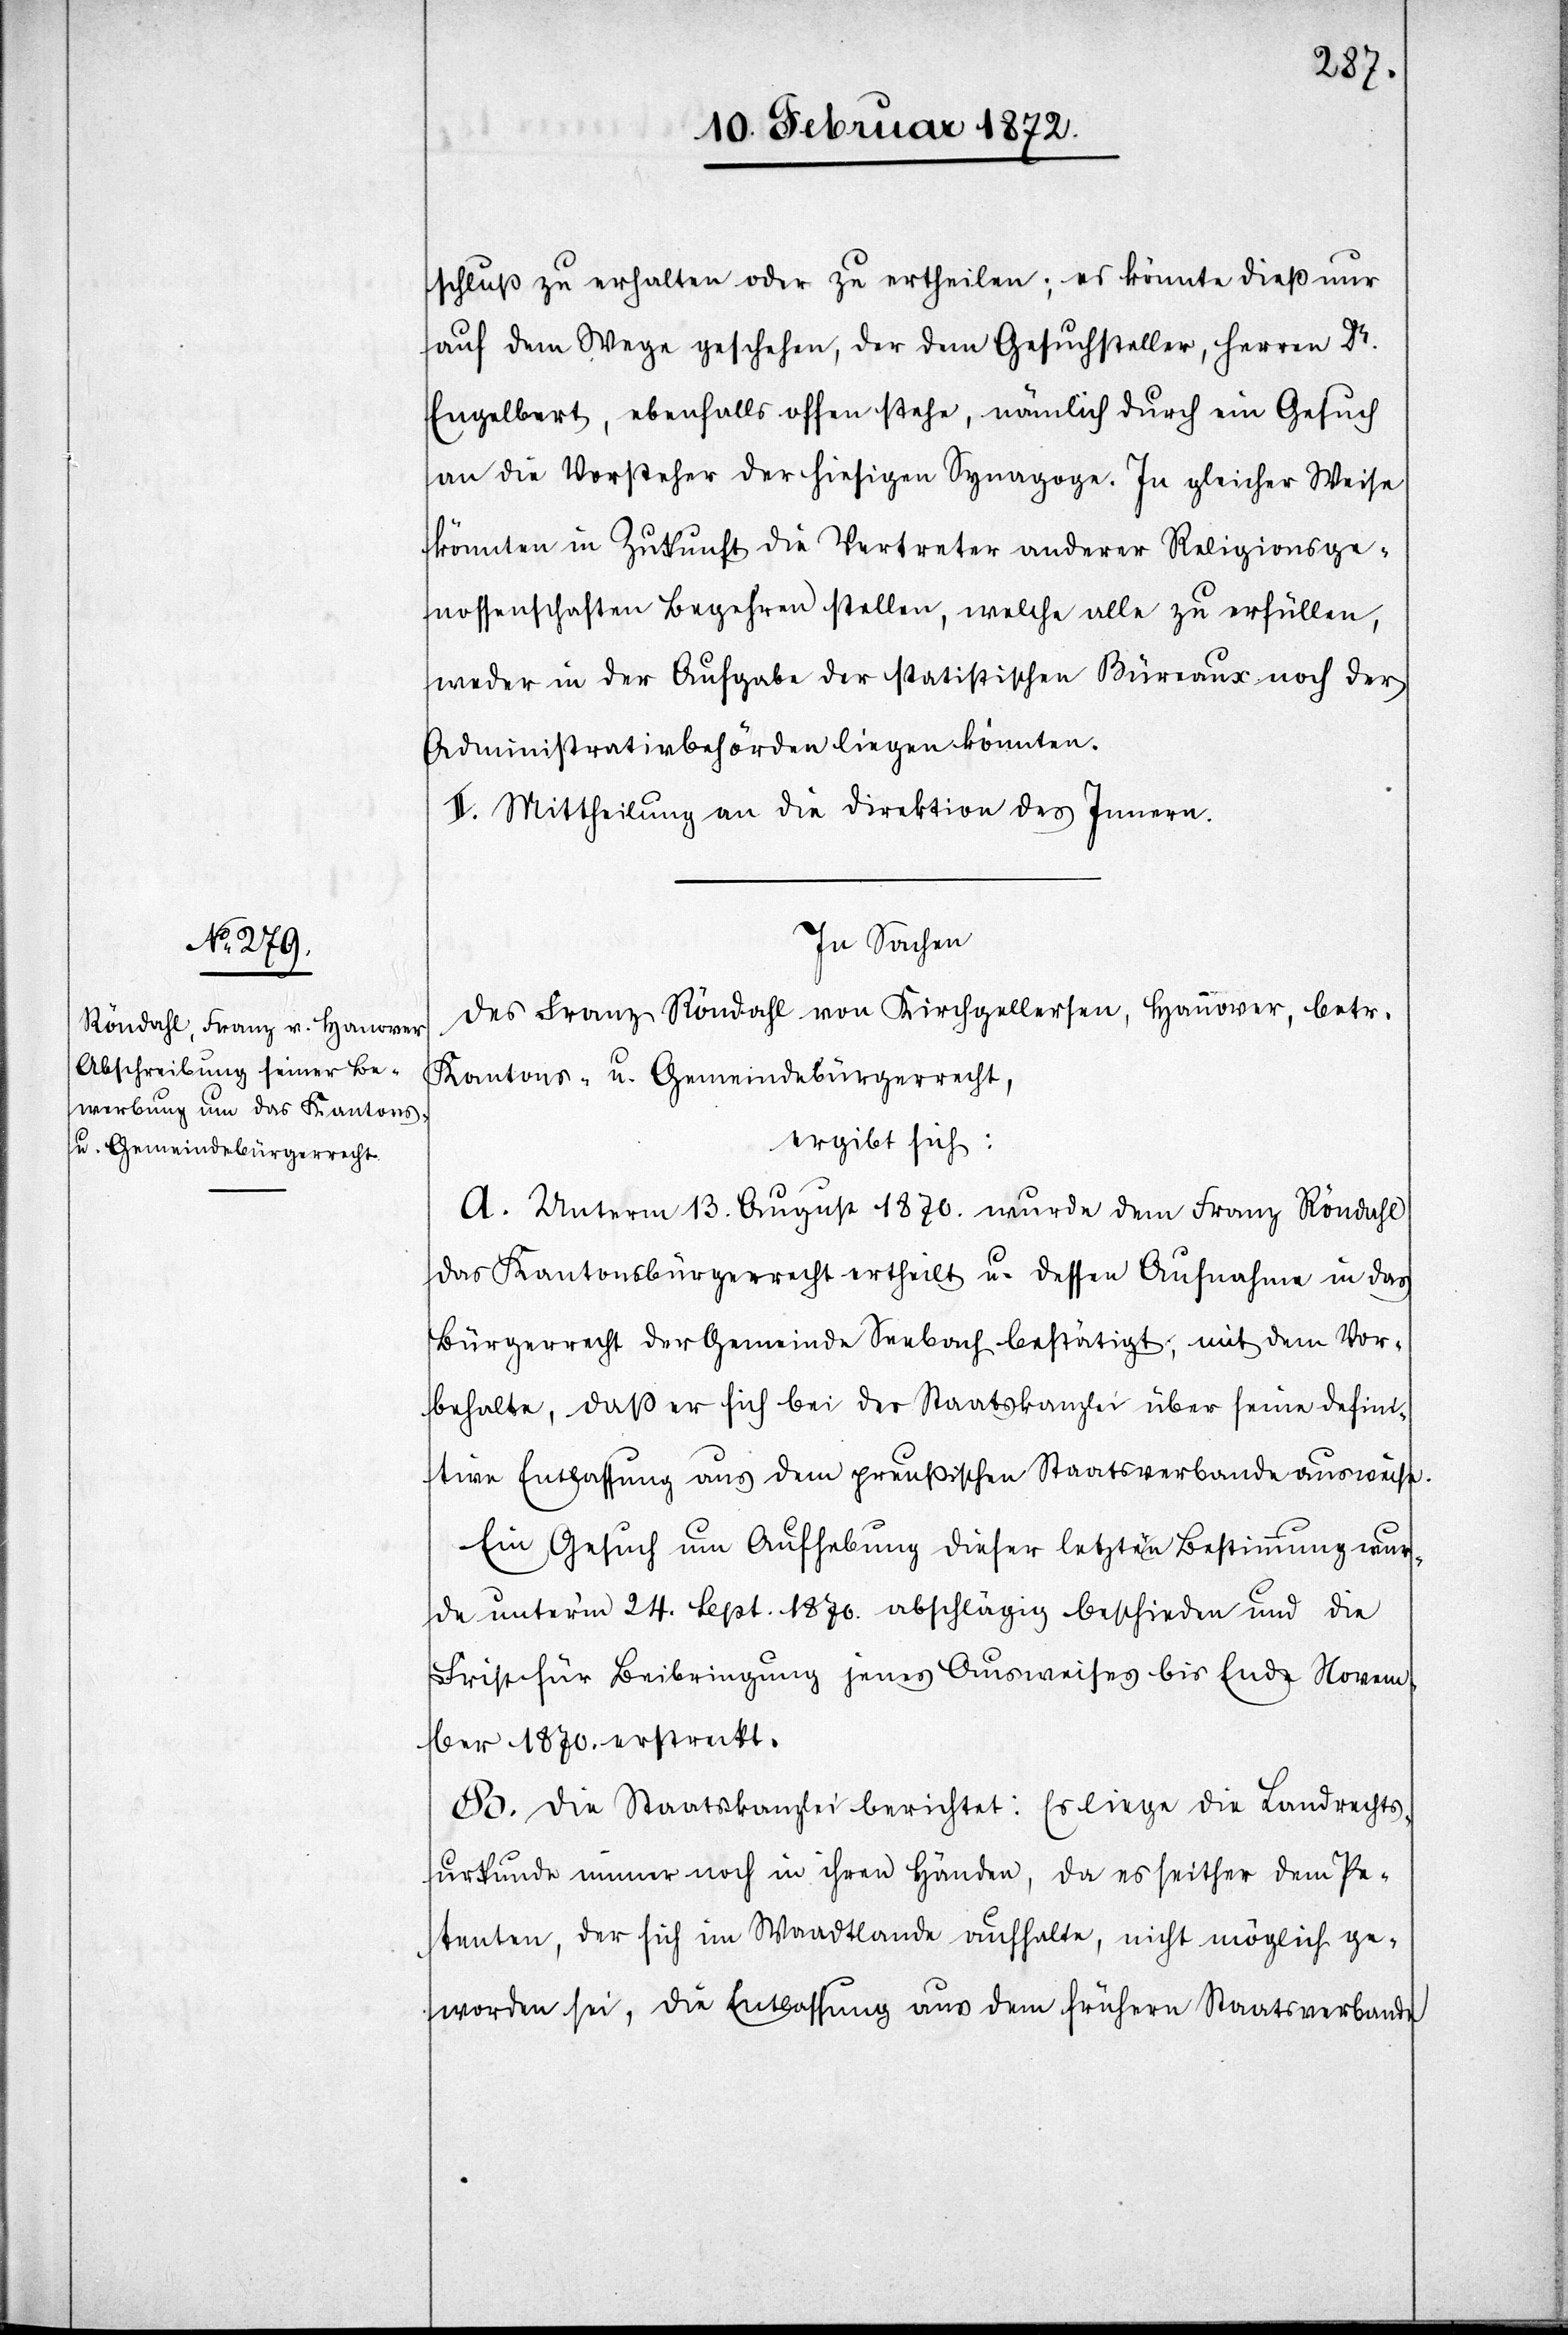
schluß zu erhalten oder zu ertheilen; es könnte dieß nur
auf dem Wege geschehen, der dem Gesuchsteller, Herren Dr.
Engelbert, ebenfalls offen stehe, nämlich durch ein Gesuch
an die Vorsteher der hiesigen Synagogen. In gleicher Weise
könnten in Zukunft die Vertreter anderer Religionsge¬
nossenschaften Begehren stellen, welche alle zu erfüllen,
weder in der Aufgabe der statistischen Büreaux noch der
Administrativbehörden liegen könnten.
II. Mittheilung an die Direktion des Innern.
In Sachen
des Franz Röndahl von Kirchgellersen, Hannover, betr.
Kantons- u. Gemeindebürgerrecht,
ergibt sich:
A. Unterm 13. August 1870. wurde dem Franz Röndahl
das Kantonsbürgerrecht ertheilt u. dessen Aufnahme in das
Bürgerrecht der Gemeinde Seebach bestätigt, mit dem Vor¬
behalte, daß er sich bei der Staatskanzlei über seine defini¬
tive Entlassung aus dem preußischen Staatsverbande ausweise.
Ein Gesuch um Aufhebung dieser letztern Bestimmung wur¬
de unterm 24. Sept. 1870. abschlägig beschieden und die
Frist für Beibringung jenes Ausweises bis Ende Novem¬
ber 1870. erstreckt.
B. Die Staatskanzlei berichtet: Es liege die Landrechts¬
urkunde immer noch in ihren Händen, da es seither dem Pe¬
tenten, der sich im Waadtlande aufhalte, nicht möglich ge¬
worden sei, die Entlassung aus dem frühern Staatsverbande